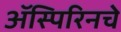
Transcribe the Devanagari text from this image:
ॲस्पिरिनचे